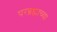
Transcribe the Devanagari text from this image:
परब्रह्माच्या